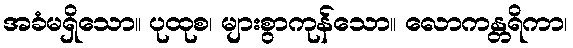
အခံမရှိသော။ ပုထုစ၊ များစွာကုန်သော။ လောကန္တရိကာ၊